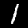
Label: 1